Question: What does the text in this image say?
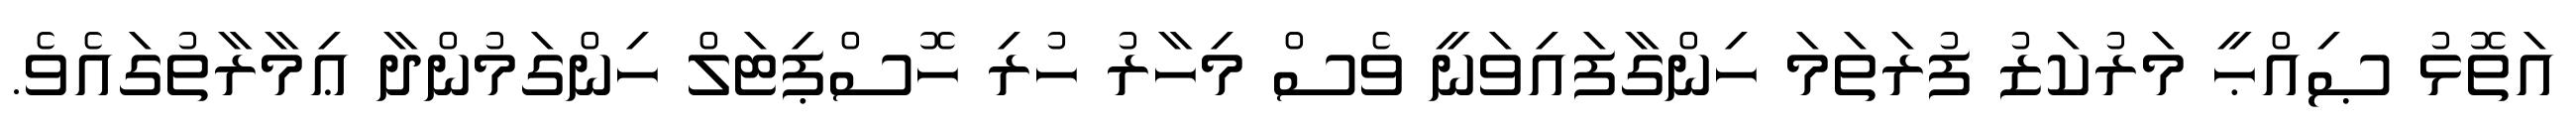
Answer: އަތޮޅު ޞިއްޙީ މަރުކަޒު ފުރަތަމަ ހިންގާފައިވަނީ ވެސް މިހާރު ހުރި ހޮސްޕިޓަލް ހިންގަމުންދާ ޢިމާރާތުގައެވެ.